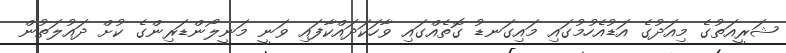
ޝަރީއަތުގެ މިއަދުގެ އަޑުއެހުމުގައި މައިގަނޑު ގޮތެއްގައި ވާހަކަދައްކާފައި ވަނީ މަނީލޯންޑަރިންގެ ކުށް ދައުލަތުން